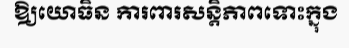
ឱ្យយោធិន ការពារសន្តិភាពទោះក្នុង